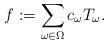
LaTeX: \begin{align*} f := \sum_{\omega \in \Omega} c_{\omega}T_{\omega}.\end{align*}